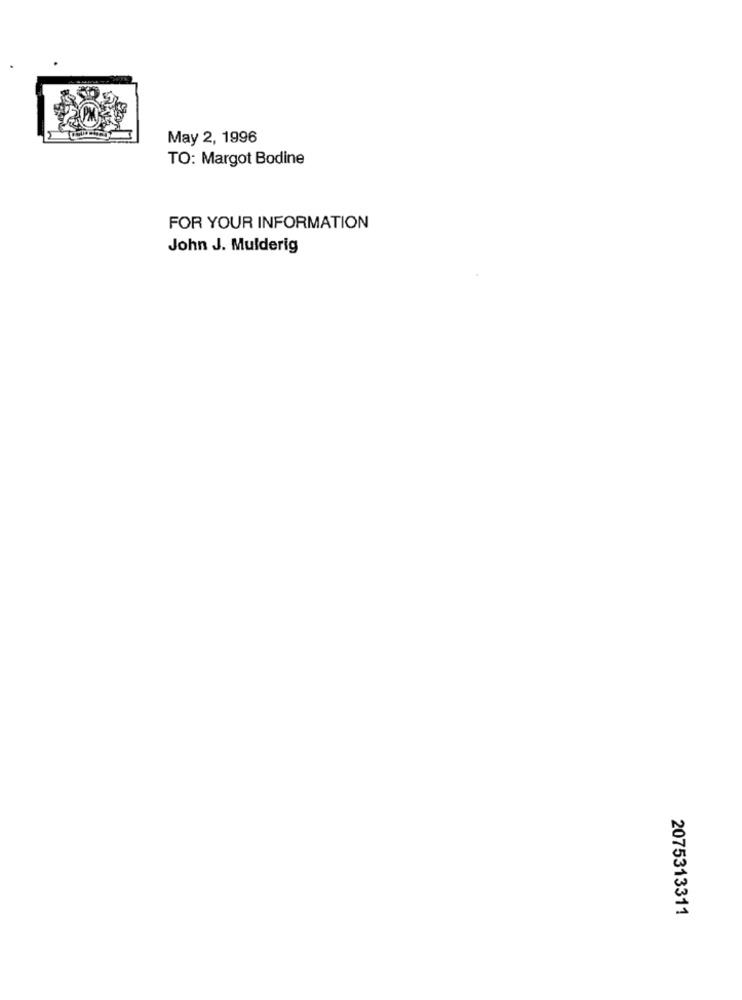
May 2, 1996
TO: Margot Bodine
FOR YOUR INFORMATION
John J. Mulderig
2075313311